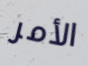
الأمر